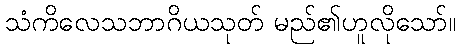
သံကိလေသဘာဂိယသုတ် မည်၏ဟူလိုသော်။